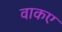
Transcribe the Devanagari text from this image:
वाकए